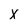
Character: X